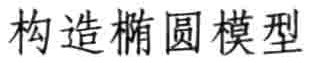
构造椭圆模型